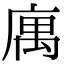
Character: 庽